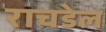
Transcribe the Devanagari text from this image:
राचडेल